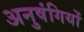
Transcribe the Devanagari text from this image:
अनुषंगियों